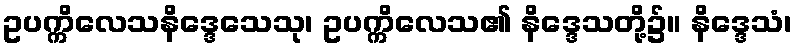
ဥပက္ကိလေသနိဒ္ဒေသေသု၊ ဥပက္ကိလေသ၏ နိဒ္ဒေသတို့၌။ နိဒ္ဒေသံ၊